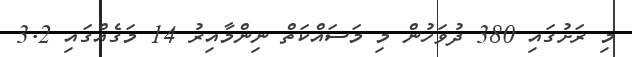
މި ރަށުގައި 380 ދުވަހުން މި މަސައްކަތް ނިންމާއިރު 14 މަގެއްގައި 3.2